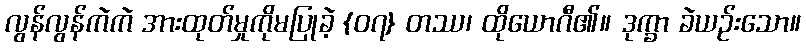
လွန်လွန်ကဲကဲ အားထုတ်မှုကိုမပြုခဲ့ {၀၇} တဿ၊ ထိုယောဂီ၏။ ဒုက္ခာ ခဲယဉ်းသော။